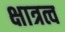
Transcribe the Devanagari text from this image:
क्षात्रत्व